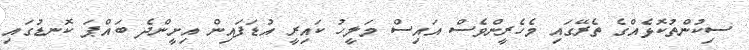
ސިކުންތުކޮޅެއްގެ ތެރޭގައި މެހެރީންވެސް އައިސް މަލީހު ކައިރީ އުޑަފައިން އިށީންދެ ބައްޕަ ކޮނޑުގައި